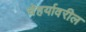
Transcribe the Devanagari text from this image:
चेहर्यावरील